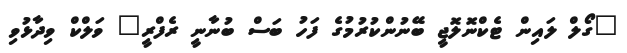
"ގޯލް ލައިން ޓެކްނޮލޮޖީ ބޭނުންކުރުމުގެ ފަހު ބަސް ބުނާނީ ރެފްރީ" ވަލްކް ވިދާޅުވި